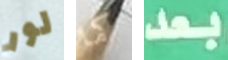
لور كما بعد